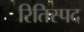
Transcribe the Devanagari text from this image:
रितिस्पद